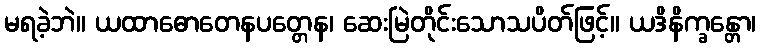
မရခဲ့ဘဲ။ ယထာဓောတေနပတ္တေန၊ ဆေးမြဲတိုင်းသောသပိတ်ဖြင့်။ ယဒိနိက္ခန္တော၊